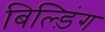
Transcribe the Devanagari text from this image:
बिल्ड़िंग